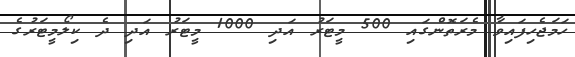
ހަމަޖެހިފައިވާ މެރަތޮންގައި 500 މީޓަރު އަދި 1000 މީޓަރު އަދި ދެ ކިލޯމީޓަރުގެ